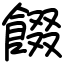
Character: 餟